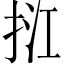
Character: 𢬥